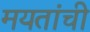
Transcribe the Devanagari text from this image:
मयतांची